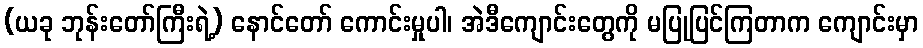
(ယခု ဘုန်းတော်ကြီးရဲ့) နောင်တော် ကောင်းမှုပါ၊ အဲဒီကျောင်းတွေကို မပြုပြင်ကြတာက ကျောင်းမှာ